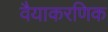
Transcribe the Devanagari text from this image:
वैयाकरणिक